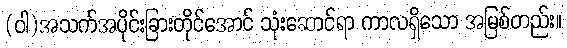
(ဝါ)အသက်အပိုင်းခြားတိုင်အောင် သုံးဆောင်ရာ ကာလရှိသော အမြစ်တည်း။